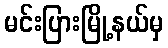
မင်းပြားမြို့နယ်မှ